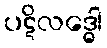
ပဋိလဒ္ဓေါ